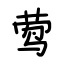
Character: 莺